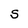
Character: S